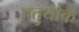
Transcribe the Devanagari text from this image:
एत्तुथोकै